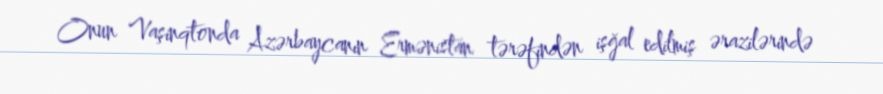
Onun Vaşinqtonda Azərbaycanın Ermənistan tərəfindən işğal edilmiş ərazilərində